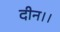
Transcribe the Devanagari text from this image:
दीन।।